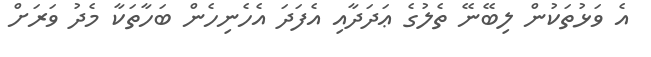
އެ ވަޅުތަކުން ލިބޭނޭ ތެލުގެ ޢަދަދާއި އެފަދަ އެހެނިހެން ބަހާތަކާ މެދު ވަރަށް